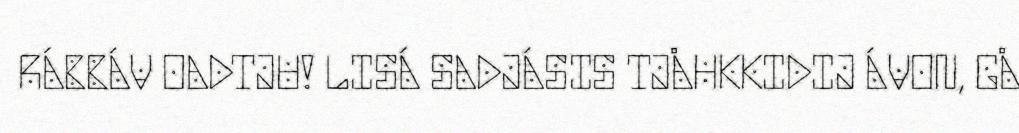
RÁBBÁV OADTJU! LISÁ SADJÁSIS TJÅHKKIDIJ ÁVON, GÅ